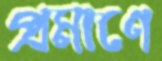
প্রমাণে